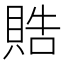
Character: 𬥘